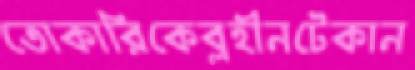
তোকারিকেব্লহীনটেকান